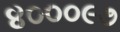
૪૦૦૦૯૭